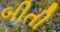
બીતી